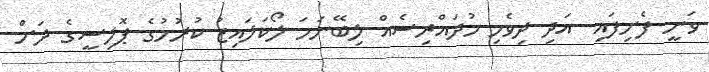
ވަނީ ފެށިފައި. އަދި ދިވެހި މުދައްރިސެއް ލިބޭނަމަ ލޯކަލައިޒު ކުރުމުގެ ޕޮލިސީގެ ދަށުް